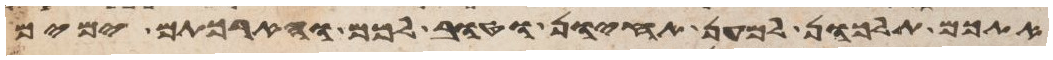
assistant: אתכם תלכון למען תחיון וטוב לכם והארכתם ימים